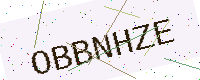
Text: OBBNHZE